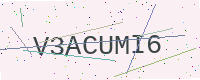
Text: V3ACUMI6